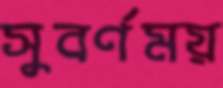
সুবর্ণময়